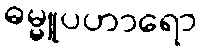
ဓမ္မူပဟာရော